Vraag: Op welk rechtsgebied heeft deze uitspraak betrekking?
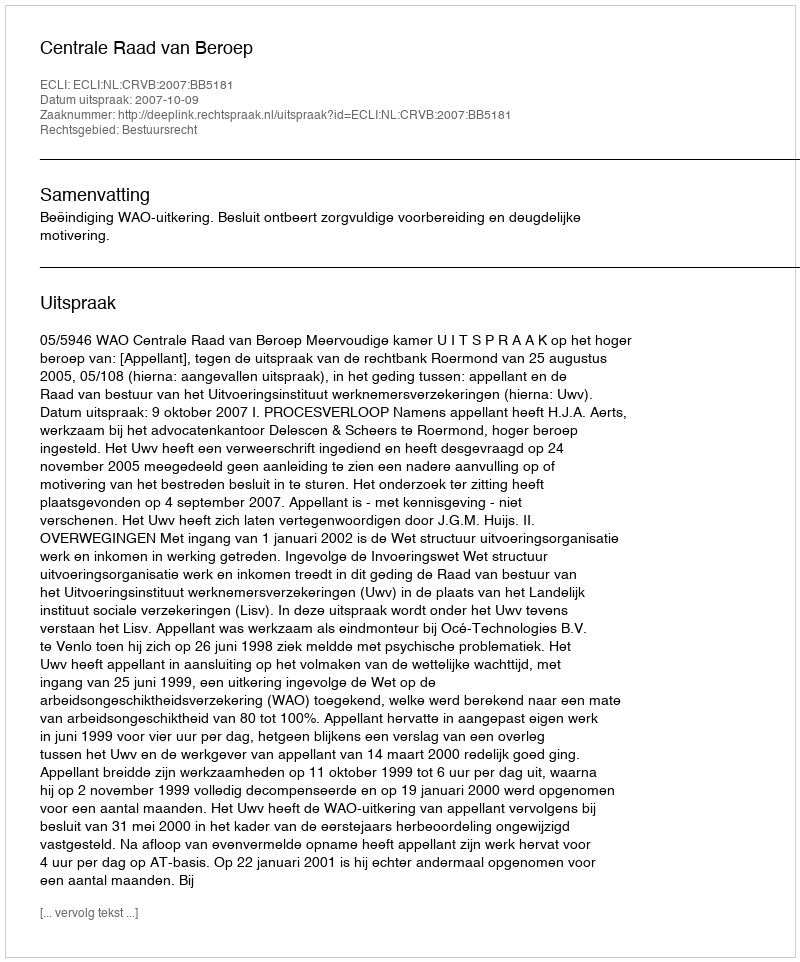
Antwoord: Bestuursrecht